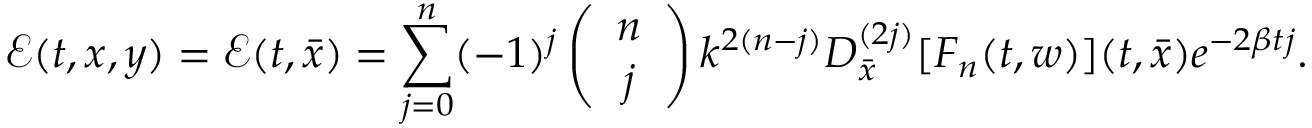
{ \mathcal E } ( t , x , y ) = { \mathcal E } ( t , { \bar { x } } ) = \sum _ { j = 0 } ^ { n } ( - 1 ) ^ { j } \left( \begin{array} { c } { n } \\ { j } \end{array} \right) k ^ { 2 ( n - j ) } D _ { { \bar { x } } } ^ { ( 2 j ) } [ F _ { n } ( t , w ) ] ( t , { \bar { x } } ) e ^ { - 2 \beta t j } .